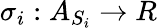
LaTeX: \sigma_{i}:A_{S_{i}}\rightarrow R